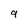
Character: 9